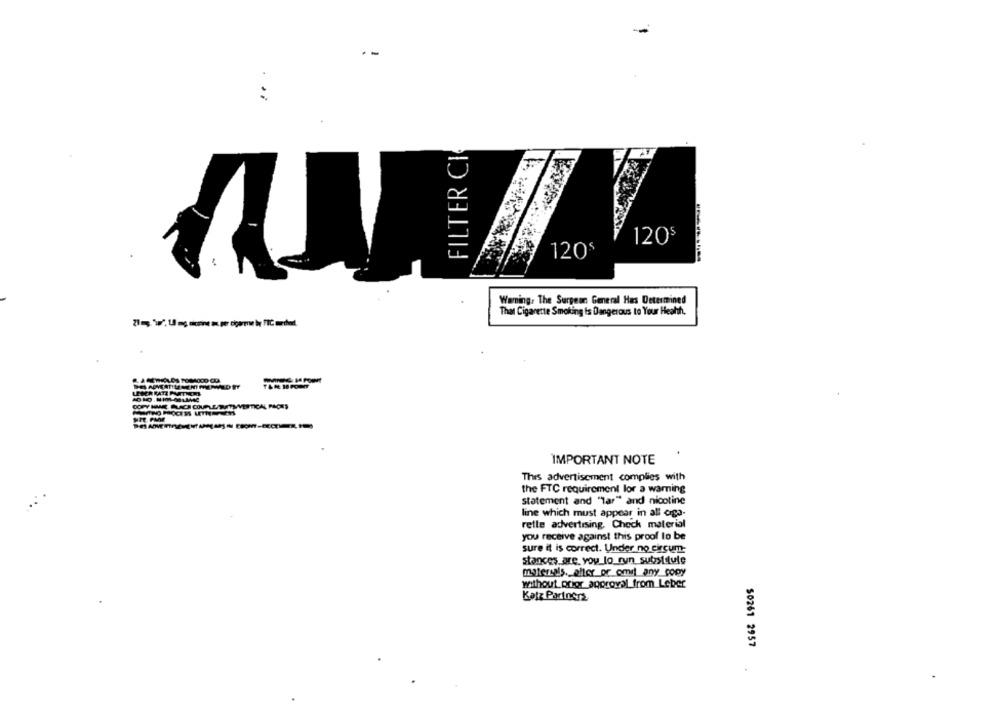
FILTER CI
120$
120$
Warning. The Surgeon General Has Determined
That Cigarette Smoking Is Dangerous to Your Heahh,
21mg. "\", Ul mg dicirine as per cigarme by FIC method.
TAR HOPO
COPY HAARE BLACH COUPLE SUITSVERTICAL PLCES
IMPORTANT NOTE
This advertisement complies with
the FTC requirement lor a warning
statement and "lar" and nicotine
line which must appear in all ciga-
rette advertising. Chock material
you receive against this proof lo be
sure it is correct. Under no circum-
stances are, you lo_ryn_substitute
materials. aller or omit any_copy
without prior approval_from Leber
Katz Partners
$0261 2957